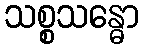
သစ္စသန္ဓော